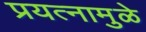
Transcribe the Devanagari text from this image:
प्रयत्‍नामुळे